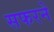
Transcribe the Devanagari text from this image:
सफरने